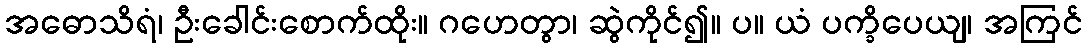
အဓောသိရံ၊ ဦးခေါင်းစောက်ထိုး။ ဂဟေတွာ၊ ဆွဲကိုင်၍။ ပ။ ယံ ပက္ခိပေယျ၊ အကြင်